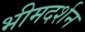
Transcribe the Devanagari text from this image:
भीमदर्शन